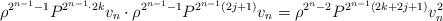
\begin{align*}\rho^{2^{n-1} - 1} P^{2^{n-1} \cdot 2k} v_n \cdot \rho^{2^{n-1} - 1} P^{2^{n-1} (2j+1)} v_n =\rho^{2^n - 2} P^{2^{n-1} (2k+2j+1)} v_n^2\end{align*}